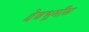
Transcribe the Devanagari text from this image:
देवभूमीस